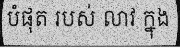
បំផុត របស់ លាវ ក្នុង